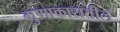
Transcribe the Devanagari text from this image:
गुणाकारातील